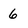
Character: 6